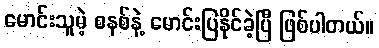
မောင်းသူမဲ့ စနစ်နဲ့ မောင်းပြနိုင်ခဲ့ပြီ ဖြစ်ပါတယ်။